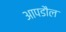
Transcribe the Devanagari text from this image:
आपडौल